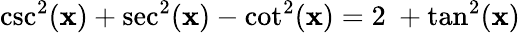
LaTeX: \csc^{2}(\mathbf{x})+\sec^{2}(\mathbf{x})-\cot^{2}(\mathbf{x})=2\ +\tan^{2}(\mathbf{x})